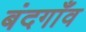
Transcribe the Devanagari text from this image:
बंदगाँव